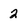
Character: 2